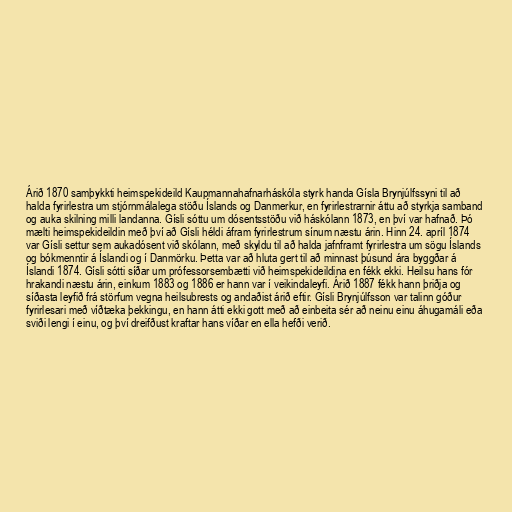
Árið 1870 samþykkti heimspekideild Kaupmannahafnarháskóla styrk handa Gísla Brynjúlfssyni til að
halda fyrirlestra um stjórnmálalega stöðu Íslands og Danmerkur, en fyrirlestrarnir áttu að styrkja samband
og auka skilning milli landanna. Gísli sóttu um dósentsstöðu við háskólann 1873, en því var hafnað. Þó
mælti heimspekideildin með því að Gísli héldi áfram fyrirlestrum sínum næstu árin. Hinn 24. apríl 1874
var Gísli settur sem aukadósent við skólann, með skyldu til að halda jafnframt fyrirlestra um sögu Íslands
og bókmenntir á Íslandi og í Danmörku. Þetta var að hluta gert til að minnast þúsund ára byggðar á
Íslandi 1874. Gísli sótti síðar um prófessorsembætti við heimspekideildina en fékk ekki. Heilsu hans fór
hrakandi næstu árin, einkum 1883 og 1886 er hann var í veikindaleyfi. Árið 1887 fékk hann þriðja og
síðasta leyfið frá störfum vegna heilsubrests og andaðist árið eftir. Gísli Brynjúlfsson var talinn góður
fyrirlesari með víðtæka þekkingu, en hann átti ekki gott með að einbeita sér að neinu einu áhugamáli eða
sviði lengi í einu, og því dreifðust kraftar hans víðar en ella hefði verið.